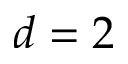
d = 2